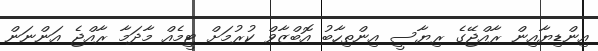
އިންޑިޔާއިން ރާއްޖޭގެ ރިޔާސީ އިންތިހާބު އޮބްޒާވް ކުރުމަށް ޓީމެއް މާދަމާ ރާއްޖެ އަންނަން